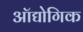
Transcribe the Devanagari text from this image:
ऑद्योगिक